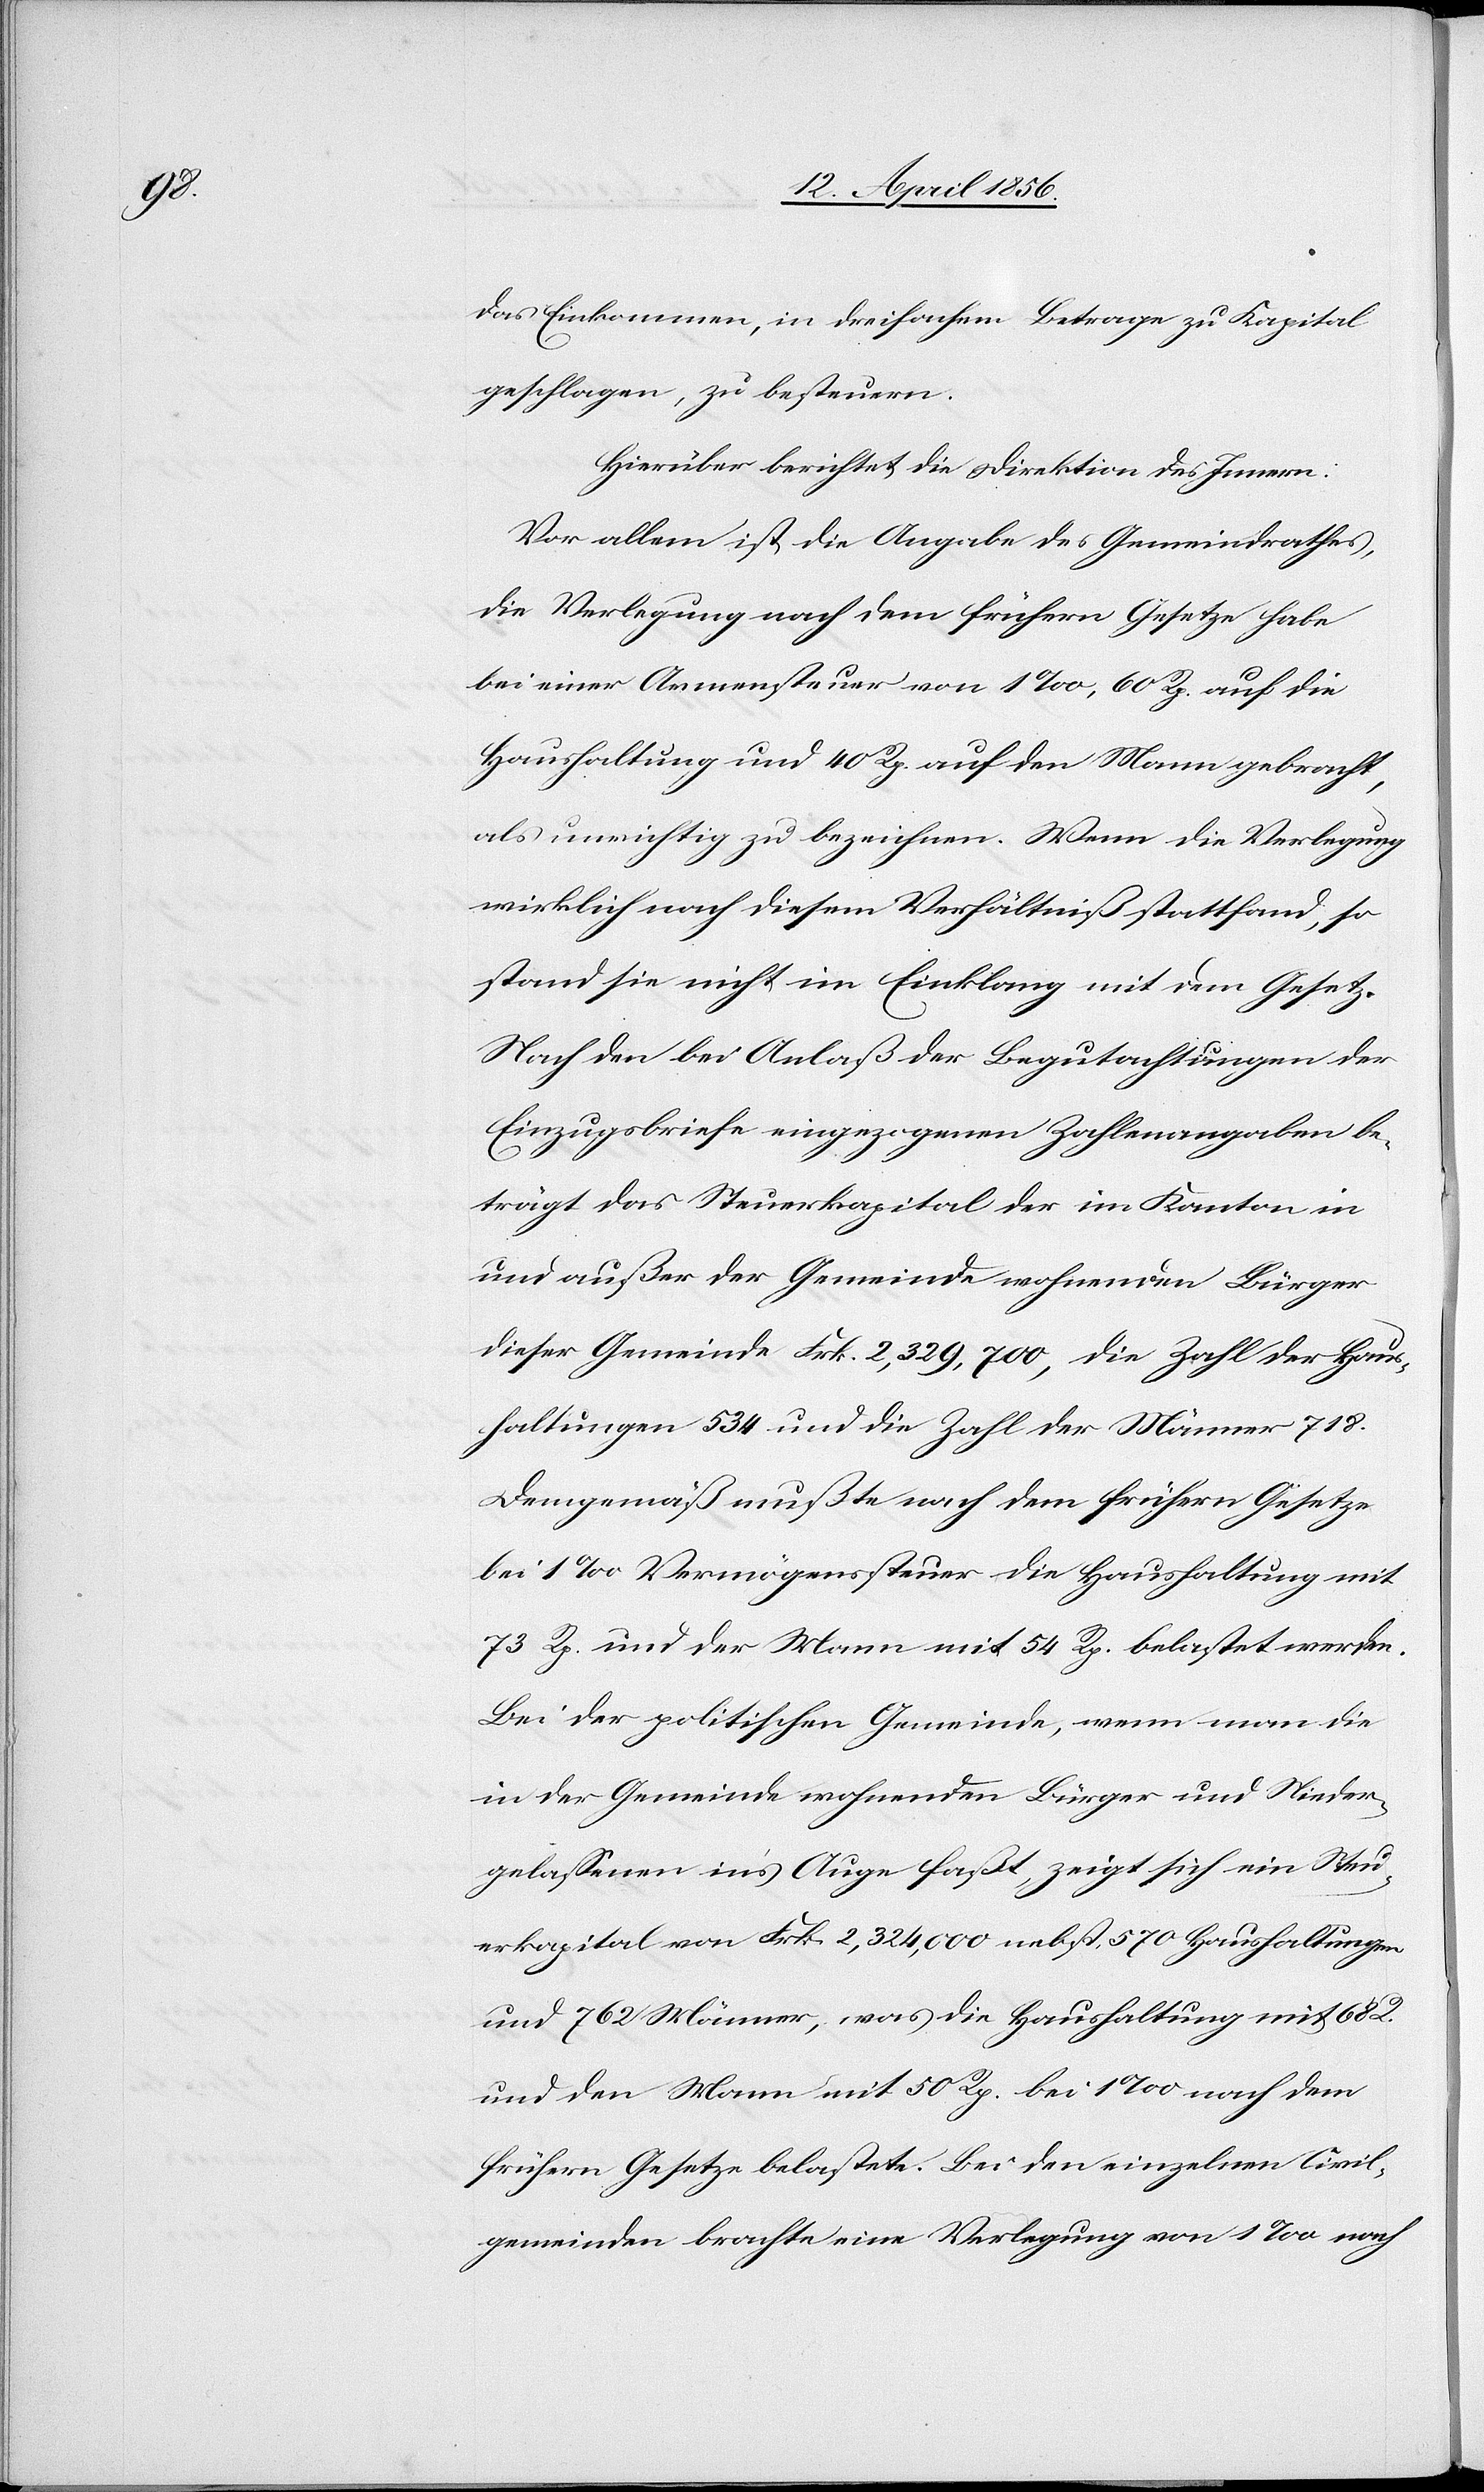
das Einkommen, in dreifachem Betrage zu Kapital
geschlagen, zu besteuern.
Hierüber berichtet die Direktion des Innern:
Vor allem ist die Angabe des Gemeindrathes,
die Verlegung nach dem frühern Gesetze habe
bei einer Armensteuer von 1‰, 60 Rp. auf die
Haushaltung und 40 Rp. auf den Mann gebracht,
als unrichtig zu bezeichnen. Wenn die Verlegung
wirklich nach diesem Verhältniß stattfand, so
stand sie nicht im Einklang mit dem Gesetz.
Nach den bei Anlaß der Begutachtungen der
Einzugsbriefe eingezogenen Zahlenangaben be¬
trägt das Steuerkapital der im Kanton in
und außer der Gemeinde wohnenden Bürger
dieser Gemeinde Frk. 2,329,700, die Zahl der Haus¬
haltungen 534 und die Zahl der Männer 718.
Demgemäß mußte nach dem frühern Gesetze
bei 1 ‰ Vermögenssteuer die Haushaltung mit
73 Rp. und der Mann mit 54 Rp. belastet werden.
Bei der politischen Gemeinde, wenn man die
in der Gemeinde wohnenden Bürger und Nieder¬
gelassenen ins Auge faßt, zeigt sich ein Steu¬
erkapital von Frk. 2,324,000 nebst 570 Haushaltungen
und 762 Männer, was die Haushaltung mit 682.
und den Mann mit 50 Rp. bei 1 ‰ nach dem
frühern Gesetze belastete. Bei den einzelnen Civil¬
gemeinden brachte eine Verlegung von 1 ‰ nach